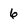
Character: 6